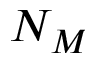
N _ { M }